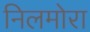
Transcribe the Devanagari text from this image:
निलमोरा